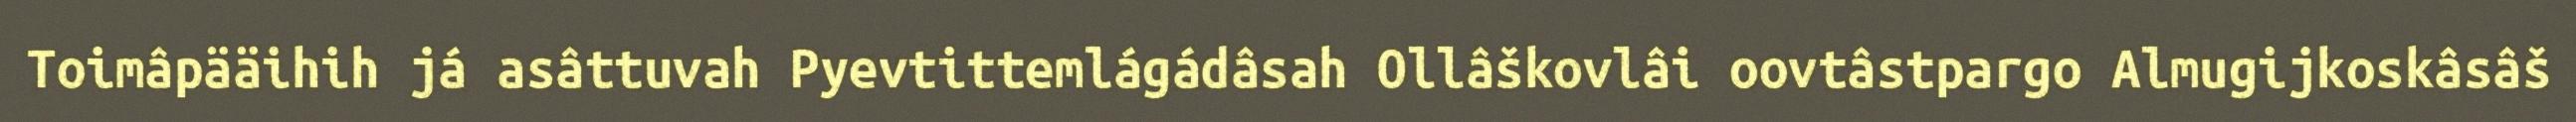
Toimâpääihih já asâttuvah Pyevtittemlágádâsah Ollâškovlâi oovtâstpargo Almugijkoskâsâš